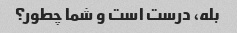
بله، درست است و شما چطور؟